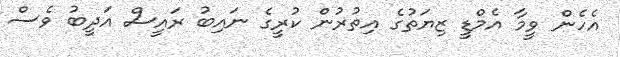
އެހެން ވީމާ އެމްޑީ ޒިޔަތުގެ އިތުރުން ކުރީގެ ނައިބު ރައީސް އަދީބު ވެސް